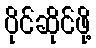
ပိုင်ဆိုင်ဖို့